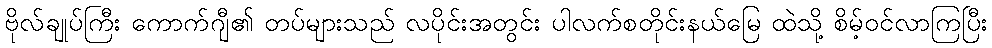
ဗိုလ်ချုပ်ကြီး ကောက်ဂျီ၏ တပ်များသည် လပိုင်းအတွင်း ပါလက်စတိုင်းနယ်မြေ ထဲသို့ စိမ့်ဝင်လာကြပြီး